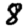
Digit: 8